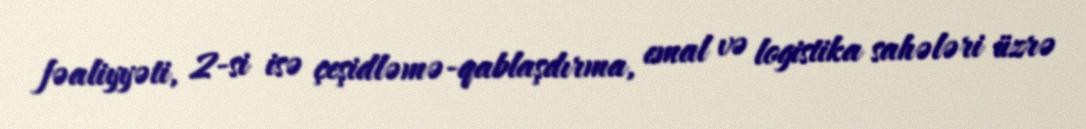
fəaliyyəti, 2-si isə çeşidləmə-qablaşdırma, emal və logistika sahələri üzrə